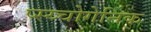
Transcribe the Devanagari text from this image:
प्स्य्चोगेनिक